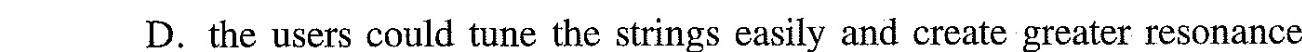
D.the users could tune the strings easily and create greater resonance